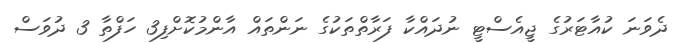
ދެވަނަ ކުއާޓަރުގެ ޖީއެސްޓީ ނުދައްކާ ފަރާތްތަކުގެ ނަންތައް އާންމުކޮށްފި3 ހަފްތާ 3 ދުވަސް